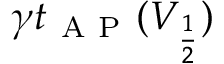
\gamma t _ { \mathrm { ~ A ~ P ~ } } ( V _ { \frac { 1 } { 2 } } )